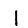
Digit: 1